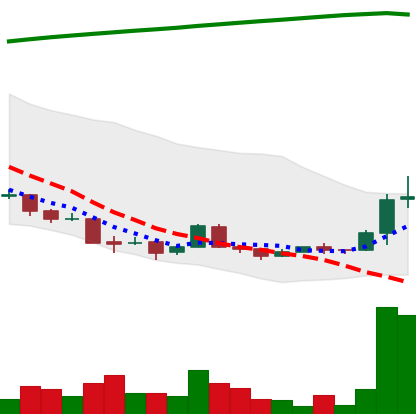
Ticker: XRP-USD
Chart end date: 2018-04-13
Forward return: 11.103%
Label: up_7plus